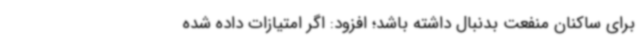
برای ساکنان منفعت بدنبال داشته باشد؛ افزود: اگر امتیازات داده شده